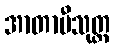
အာတာပီသုတ္တ